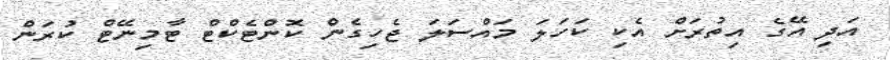
އަދި އޭގެ އިތުރަށް އެކި ކަހަލަ މައްސަލަ ޖެހިގެން ކޮންޓެކްޓް ޓާމިނޭޓް ކުރަން